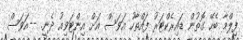
ފިލްމާ ބެހޭ ގޮތުން ޑައިރެކްޓަރު ފައްތާހު އަވަސް އަށް އިންޓަވިއު ދެނީ. --އަވަސް